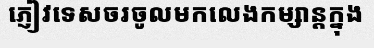
ភ្ញៀវទេសចរចូលមកលេងកម្សាន្តក្នុង